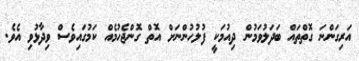
އަރިގަންނަ ގޮތްތައް ބަދަލުވަމުން ދިއުމަކީ ފުލުހުންނަށް އޮތް ގޮންޖެހުމެއް ކަމުގައިވެސް ވިދާޅުވި އެވެ.